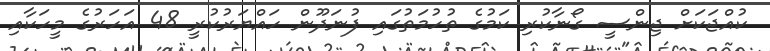
ކުއްޖަކަށް ޖިންސީ ގޯނާކުރި ކަމުގެ ތުހުމަތުގައި ފުނަދޫން ހައްޔަރުކުރީ 48 އަހަރުގެ މީހަކާއި